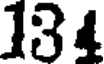
134